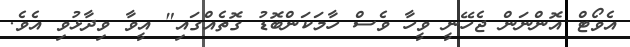
އެވޯޓް އޮންނަން ޖެހޭނީ ވީހާ ވެސް ހާމަކަންބޮޑު ގޮތެއްގައި" އީވާ ވިދާޅުވި އެވެ.